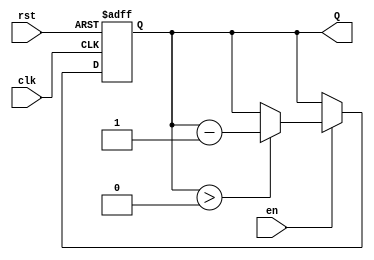
module BinaryDownCounter #(
    parameter N = 4  // Parameter defining the width of the counter (n bits)
)(
    input wire clk,   // Clock signal
    input wire rst,   // Reset signal (active high)
    input wire en,    // Enable signal (active high)
    output reg [N-1:0] Q // Counter output
);

    // Maximum count value (2^N - 1)
    localparam MAX_COUNT = (1 << N) - 1;

    // Always block for synchronous counting
    always @(posedge clk or posedge rst) begin
        if (rst) begin
            Q <= MAX_COUNT; // Reset to maximum count value
        end else if (en) begin
            if (Q > 0) begin
                Q <= Q - 1; // Decrement the count if greater than 0
            end
        end
    end

endmodule